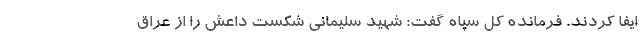
ایفا کردند. فرمانده کل سپاه گفت: شهید سلیمانی شکست داعش را از عراق